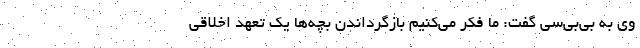
وی به بی‌بی‌سی گفت: ما فکر می‌کنیم بازگرداندن بچه‌ها یک تعهد اخلاقی